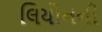
લિયોનની